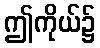
ဤကိုယ်၌